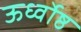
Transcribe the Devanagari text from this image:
ऊर्ध्वोष्ठ